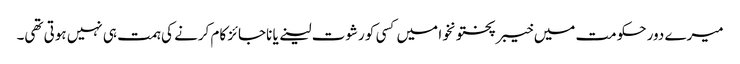
میرے دور حکومت میں خیبر پختونخوا میں کسی کو رشوت لینے یا ناجائز کام کرنے کی ہمت ہی نہیں ہوتی تھی۔